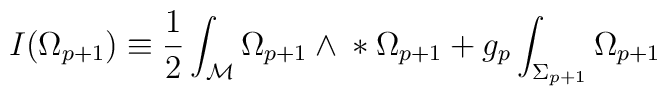
I(\Omega_{p+1})\equiv{}\frac{1}{2}\int_{\cal{M}}\Omega_{p+1}\wedge{}*\Omega_{p+1}{}+g_p\int_{\Sigma_{p+1}}\Omega_{p+1}